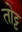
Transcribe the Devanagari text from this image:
तोट्ट